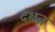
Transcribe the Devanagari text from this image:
दधतं